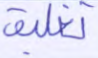
تغليف